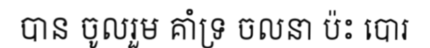
បាន ចូលរួម គាំទ្រ ចលនា ប៉ះ បោរ